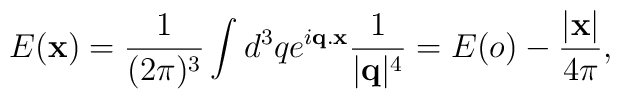
E({\bf x})=\frac{1}{(2\pi)^3}\int d^3q e^{i{\bf q.x}}\frac{1}{|{\bf q}|^4}=E(o)-\frac{|{\bf x}|}{4\pi},